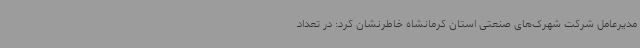
مدیرعامل شرکت شهرک‌های صنعتی استان کرمانشاه خاطرنشان کرد: در تعداد